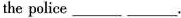
the police___ ___